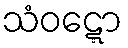
သံဝဋ္ဋော